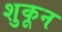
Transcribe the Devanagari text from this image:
शुकून